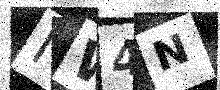
Text: IW4N